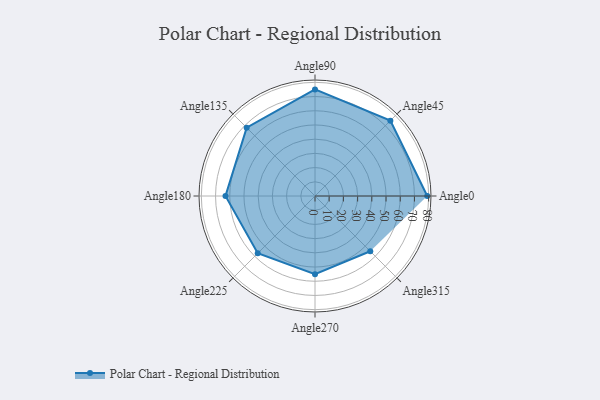
{"axis": {"x": "Angle", "y": "Radius"}, "legend": [""], "data": [{"x": "Angle0", "y": 79.0, "type": ""}, {"x": "Angle45", "y": 75.0, "type": ""}, {"x": "Angle90", "y": 75.0, "type": ""}, {"x": "Angle135", "y": 68.0, "type": ""}, {"x": "Angle180", "y": 63.0, "type": ""}, {"x": "Angle225", "y": 57.0, "type": ""}, {"x": "Angle270", "y": 55.0, "type": ""}, {"x": "Angle315", "y": 55.0, "type": ""}]}